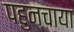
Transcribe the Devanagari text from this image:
पहुन्चाया